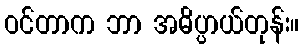
ဝင်တာက ဘာ အဓိပ္ပာယ်တုန်း။